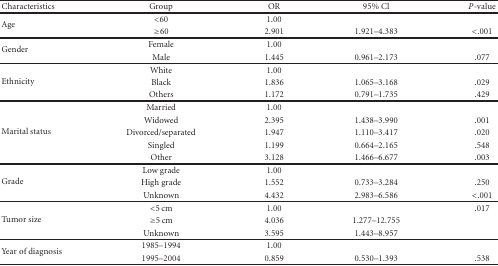
<table><thead><tr><td><b>Characteristics</b></td><td><b>Group</b></td><td><b>OR</b></td><td><b>95% Cl</b></td><td><b><i>P</i>-value</b></td></tr></thead><tbody><tr><td rowspan="2">Age</td><td>&lt;60</td><td>1.00</td><td></td><td></td></tr><tr><td>≥60</td><td>2.901</td><td>1.921–4.383</td><td>&lt;.001</td></tr><tr><td rowspan="2">Gender</td><td>Female</td><td>1.00</td><td></td><td></td></tr><tr><td>Male</td><td>1.445</td><td>0.961–2.173</td><td>.077</td></tr><tr><td rowspan="3">Ethnicity</td><td>White</td><td>1.00</td><td></td><td></td></tr><tr><td>Black</td><td>1.836</td><td>1.065–3.168</td><td>.029</td></tr><tr><td>Others</td><td>1.172</td><td>0.791–1.735</td><td>.429</td></tr><tr><td rowspan="5">Marital status</td><td>Married</td><td>1.00</td><td></td><td></td></tr><tr><td>Widowed</td><td>2.395</td><td>1.438–3.990</td><td>.001</td></tr><tr><td>Divorced/separated</td><td>1.947</td><td>1.110–3.417</td><td>.020</td></tr><tr><td>Singled</td><td>1.199</td><td>0.664–2.165</td><td>.548</td></tr><tr><td>Other</td><td>3.128</td><td>1.466–6.677</td><td>.003</td></tr><tr><td rowspan="3">Grade</td><td>Low grade</td><td>1.00</td><td></td><td></td></tr><tr><td>High grade</td><td>1.552</td><td>0.733–3.284</td><td>.250</td></tr><tr><td>Unknown</td><td>4.432</td><td>2.983–6.586</td><td>&lt;.001</td></tr><tr><td rowspan="3">Tumor size</td><td>&lt;5 cm</td><td>1.00</td><td></td><td>.017</td></tr><tr><td>≥5 cm</td><td>4.036</td><td>1.277–12.755</td><td></td></tr><tr><td>Unknown</td><td>3.595</td><td>1.443–8.957</td><td></td></tr><tr><td rowspan="2">Year of diagnosis</td><td>1985–1994</td><td>1.00</td><td></td><td></td></tr><tr><td>1995–2004</td><td>0.859</td><td>0.530–1.393</td><td>.538</td></tr></tbody></table>